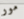
مور